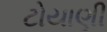
ટોયાણી